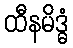
ထီနမိဒ္ဓံ